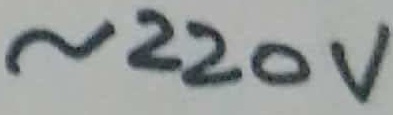
Text: ~220V